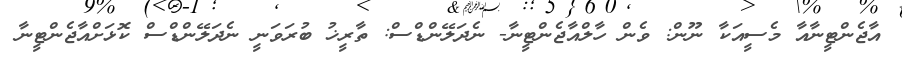
އާޖެންޓީނާއާ މެސީއަކާ ނޫން: ވެން ހާލްއާޖެންޓީނާ- ނެދަލޭންޑްސް: ތާރީޚު ބުރަވަނީ ނެދަލޭންޑްސް ކޮޅަށްއާޖެންޓީނާ